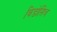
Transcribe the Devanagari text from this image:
विडोसिच